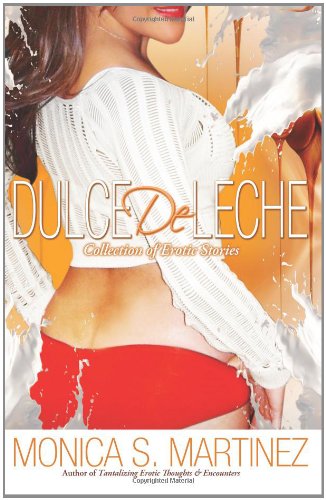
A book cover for Dulce De Leche; Monica S. Martinez; Romance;